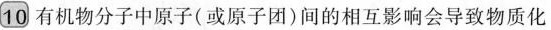
10有机物分子中原子(或原子团)间的相互影响会导致物质化